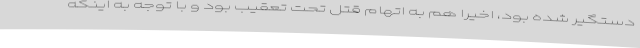
دستگیر شده بود، اخیرا هم به اتهام قتل تحت تعقیب بود و با توجه به اینکه